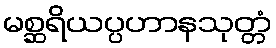
မစ္ဆရိယပ္ပဟာနသုတ္တံ